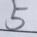
5